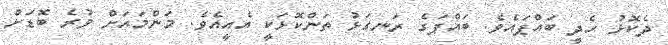
ދެކޮޅު ހެދީ ބައްޕައެވެ. ބައްޕަގެ ރަނގަޅު ތަންކޮޅަކީ އެއީއެވެ. މަންމައަށް ވުރެ ބޮޑަށް